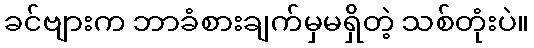
ခင်ဗျားက ဘာခံစားချက်မှမရှိတဲ့ သစ်တုံးပဲ။